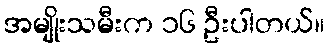
အမျိုးသမီးက ၁၆ ဦးပါတယ်။